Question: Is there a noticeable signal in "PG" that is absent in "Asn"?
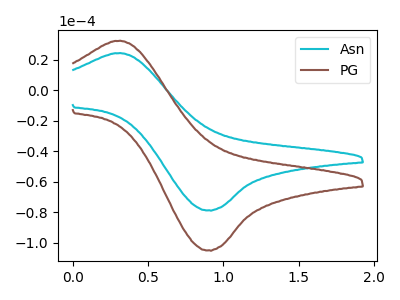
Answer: <think>The cyan curve "Asn" has an anodic peak at (0.30V, 24.20uA) and a cathodic peak at (0.90V, -78.70uA). The brown curve "PG" has an anodic peak at (0.30V, 32.25uA) and a cathodic peak at (0.90V, -104.90uA).
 All the peaks in "PG" have a peak in "Asn" at the same potential. Every peak in "PG" is higher than every peak in "Asn".</think>
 <answer>No, "PG" and "Asn" don't appear to be significantly different in shape</answer>
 <eval>no_change</eval>